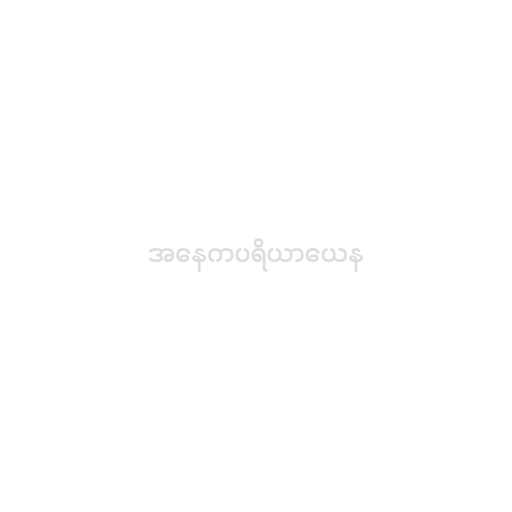
အနေကပရိယာယေန